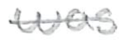
Text: was
Cross-out: single-line
Writing tool: pencil